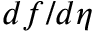
d f / d \eta